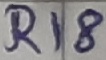
Text: R18